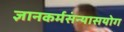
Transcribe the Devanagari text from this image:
ज्ञानकर्मसंन्यासयोग